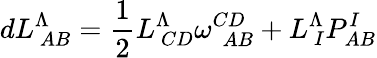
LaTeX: dL_{\ AB}^{\Lambda}={\frac{1}{2}}L_{\ CD}^{\Lambda}\omega_{\ \ AB}^{CD}+L_{\ I}^{\Lambda}P_{AB}^{I}